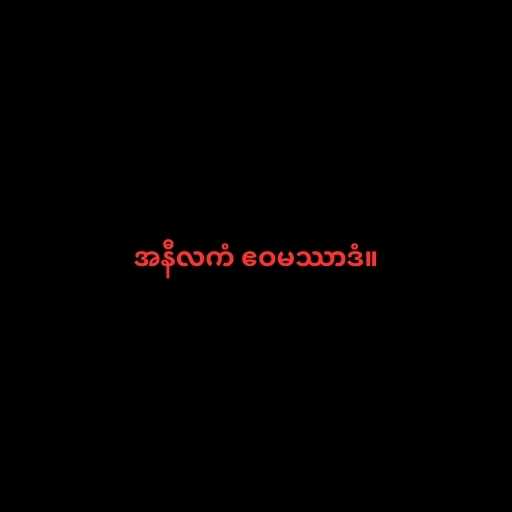
အနီလကံ ဧဝမဿာဒံ။